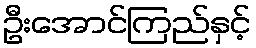
ဦးအောင်ကြည်နှင့်